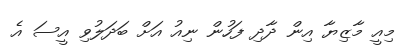
މިއީ މާޒިޔާ އިން ދާދި ފަހުން ނިއު އަށް ބަދަލުވި އީސަ އެ